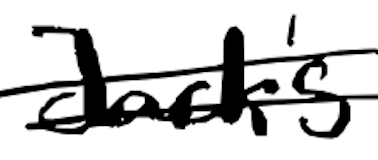
Text: Jack's
Cross-out: double-line
Writing tool: digital_black